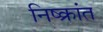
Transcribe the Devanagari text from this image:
निष्क्रांत